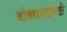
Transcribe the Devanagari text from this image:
बोगद्यासारखे